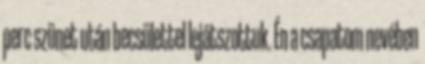
perc szünet után becsülettel lejátszottuk. Én a csapatom nevében